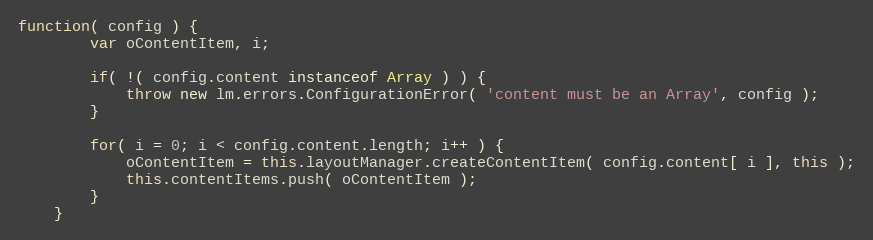
Language: JavaScript
function( config ) {
		var oContentItem, i;

		if( !( config.content instanceof Array ) ) {
			throw new lm.errors.ConfigurationError( 'content must be an Array', config );
		}

		for( i = 0; i < config.content.length; i++ ) {
			oContentItem = this.layoutManager.createContentItem( config.content[ i ], this );
			this.contentItems.push( oContentItem );
		}
	}